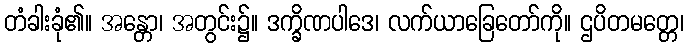
တံခါးခုံ၏။ အန္တော၊ အတွင်း၌။ ဒက္ခိဏပါဒေ၊ လက်ယာခြေတော်ကို။ ဌပိတမတ္တေ၊